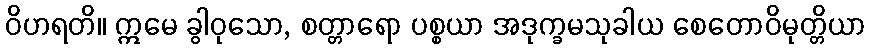
ဝိဟရတိ။ ဣမေ ခွါဝုသော, စတ္တာရော ပစ္စယာ အဒုက္ခမသုခါယ စေတောဝိမုတ္တိယာ